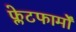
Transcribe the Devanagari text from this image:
फ्लेटफार्मों